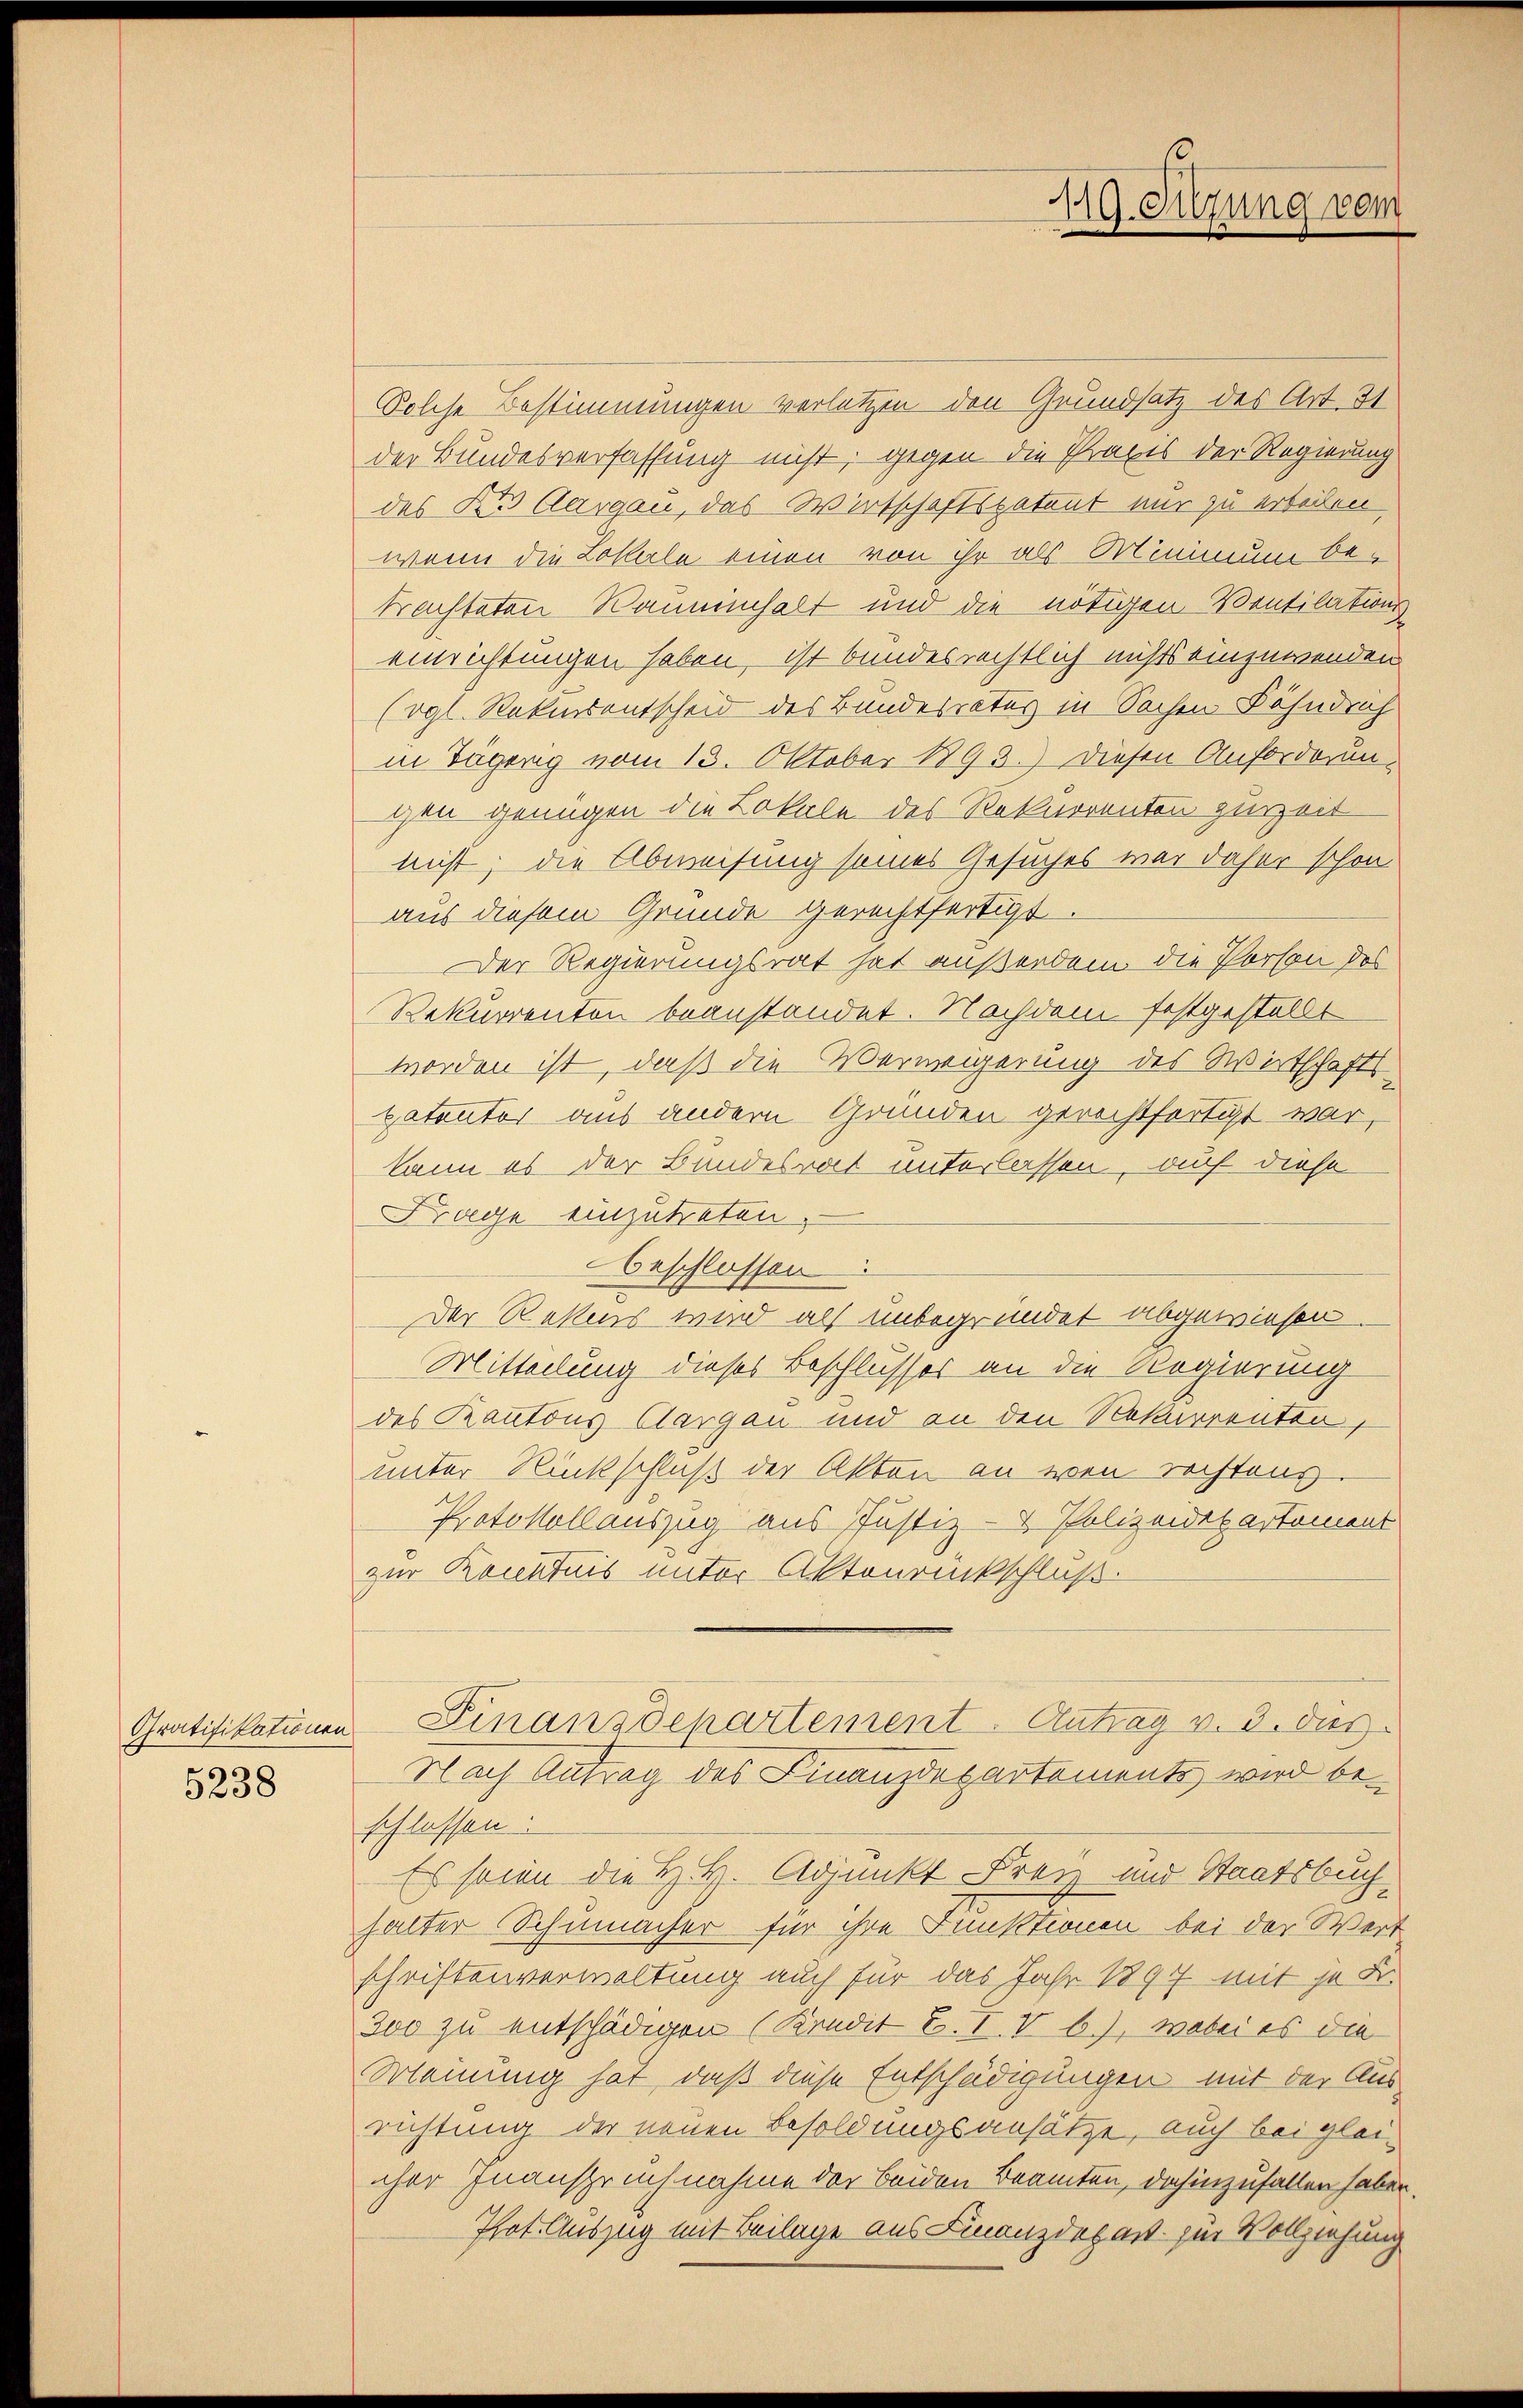
5238

119. Sitzung vom

Solche Bestimmungen verletzen den Grundsatz des Art. 31
der Bundesverfassung nicht gegen die Praxis der Regierung
des Kt. Aargau, das Wirtschaftspatent nur zu erteilen
wenn die Lokale einen von ihr als Minimum be-
trachteten Raumenhalt und die nötigen Ventilations
einrichtungen haben, ist bundesrechtlich nichts einzuwenden
(vgl. Rekursentscheid des Bundesratus in Sachen Bähndrich
in Tägeng vom 13. Oktober 1893.) Diesen Anforderun-
gen genügen die Lokale des Rekurrenten zurzeit
nicht; die Abweisung seines Gesuches war daher schon
aus diesem Grunde gerechtfertigt
Der Regierungsrat hat außerdem die Person des
Rekurrenten beanstandet. Nachdem festgestellt
worden ist, daß die Verweigerung des Wirtschafts
batentor aus andern Grunden gerechtfertigt war,
kann es der Bundesrat unterlassen, auf diese
Frage einzutreten.
beschlossen:
Der Rettens wird als unbegründet abgewiesen.
Mitteilung dieses Beschlusses an die Regierung
des Kantons Aargau und an den Rekurrenten,
unter Rückschluß der Akten an wen rechtens
Protokollauszug aus Justiz- & Polizeidepartement
zur Kenntnis unter Aktenrückschluß.
Gratifikationen Finanzdepartement. Antrag v. 3. das
Nach Antrag des Finanzdepartements wird beschlossen:
Es sein die H. B. Adjunkt Frei und Staatsbuchhalter Schumacher für ihre Funktionen bei der Wert
schriftenverwaltung auch für das Jahr 1897 mit je Fr.
300 zu entschädigen (Kredit F. IV b.), wobei es die
Meinung hat, daß diese Entschädigungen mit der Ausrichtung der neuen Besoldungsansätze, auch bei glei-
cher Inanspruchnahme der beiden Beamten, dahinzufallen haben.
Phot. Auszug mit Beilage aus Finanzdepart zur Vollziehung